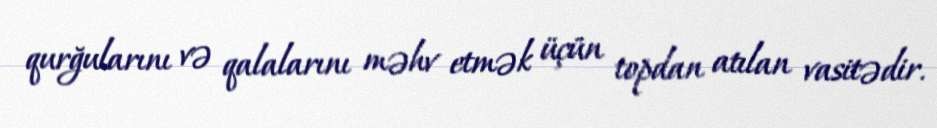
qurğularını və qalalarını məhv etmək üçün topdan atılan vasitədir.